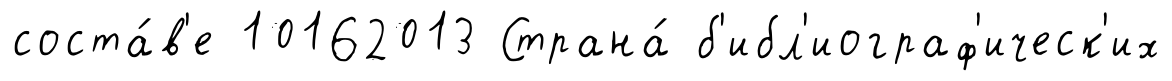
соста́в'е 10162013 Страна́ б'ибл'иограф'ическ'их